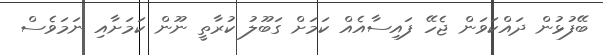
ބޭފުޅުން ދައްކަވަން ޖެހޭ ފައިސާއެއް ކަމަށް ގަބޫލު ކުރާތީ ނޫން ކަމަށާއި ނަމަވެސް